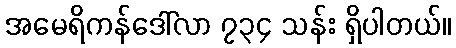
အမေရိကန်ဒေါ်လာ ၇၃၄ သန်း ရှိပါတယ်။